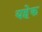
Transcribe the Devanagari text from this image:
यहेक